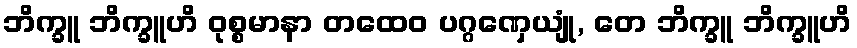
ဘိက္ခူ ဘိက္ခူဟိ ဝုစ္စမာနာ တထေဝ ပဂ္ဂဏှေယျုံ, တေ ဘိက္ခူ ဘိက္ခူဟိ